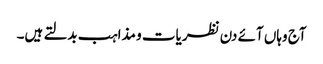
آج وہاں آئے دن نظریات و مذاہب بدلتے ہیں۔